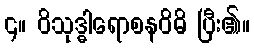
၄။ ဝိသုဒ္ဓါရောစနဝိဓိ ပြီး၏။